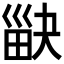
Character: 𤱾